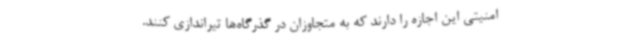
امنیتی این اجازه را دارند که به متجاوزان در گذرگاه‌ها تیراندازی کنند.